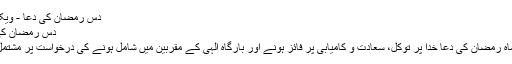
دس رمضان کی دعا - ویکی فقه
دس رمضان کی دعا
دس ماہ رمضان کی دعا خدا پر توکل، سعادت و کامیابی پر فائز ہونے اور بارگاہ الہٰی کے مقربین میں شامل ہونے کی درخواست پر مشتمل ہے۔